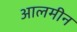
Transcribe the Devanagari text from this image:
आलमीन